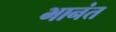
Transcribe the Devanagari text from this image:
भानंत